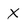
Character: X